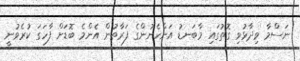
ނަސްމާ ވިދާޅުވި ގޮތުގައި މާބަނޑު އަންހެނުންގެ ފަރާތުން އެންމެ ބޮޑަށް ފާހަގަ ކުރެވުނީ